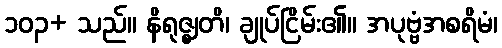
၁၀၃+ သည်။ နိရုဇ္ဈတိ၊ ချုပ်ငြိမ်း၏။ အပုဗ္ဗံအစရိမံ၊